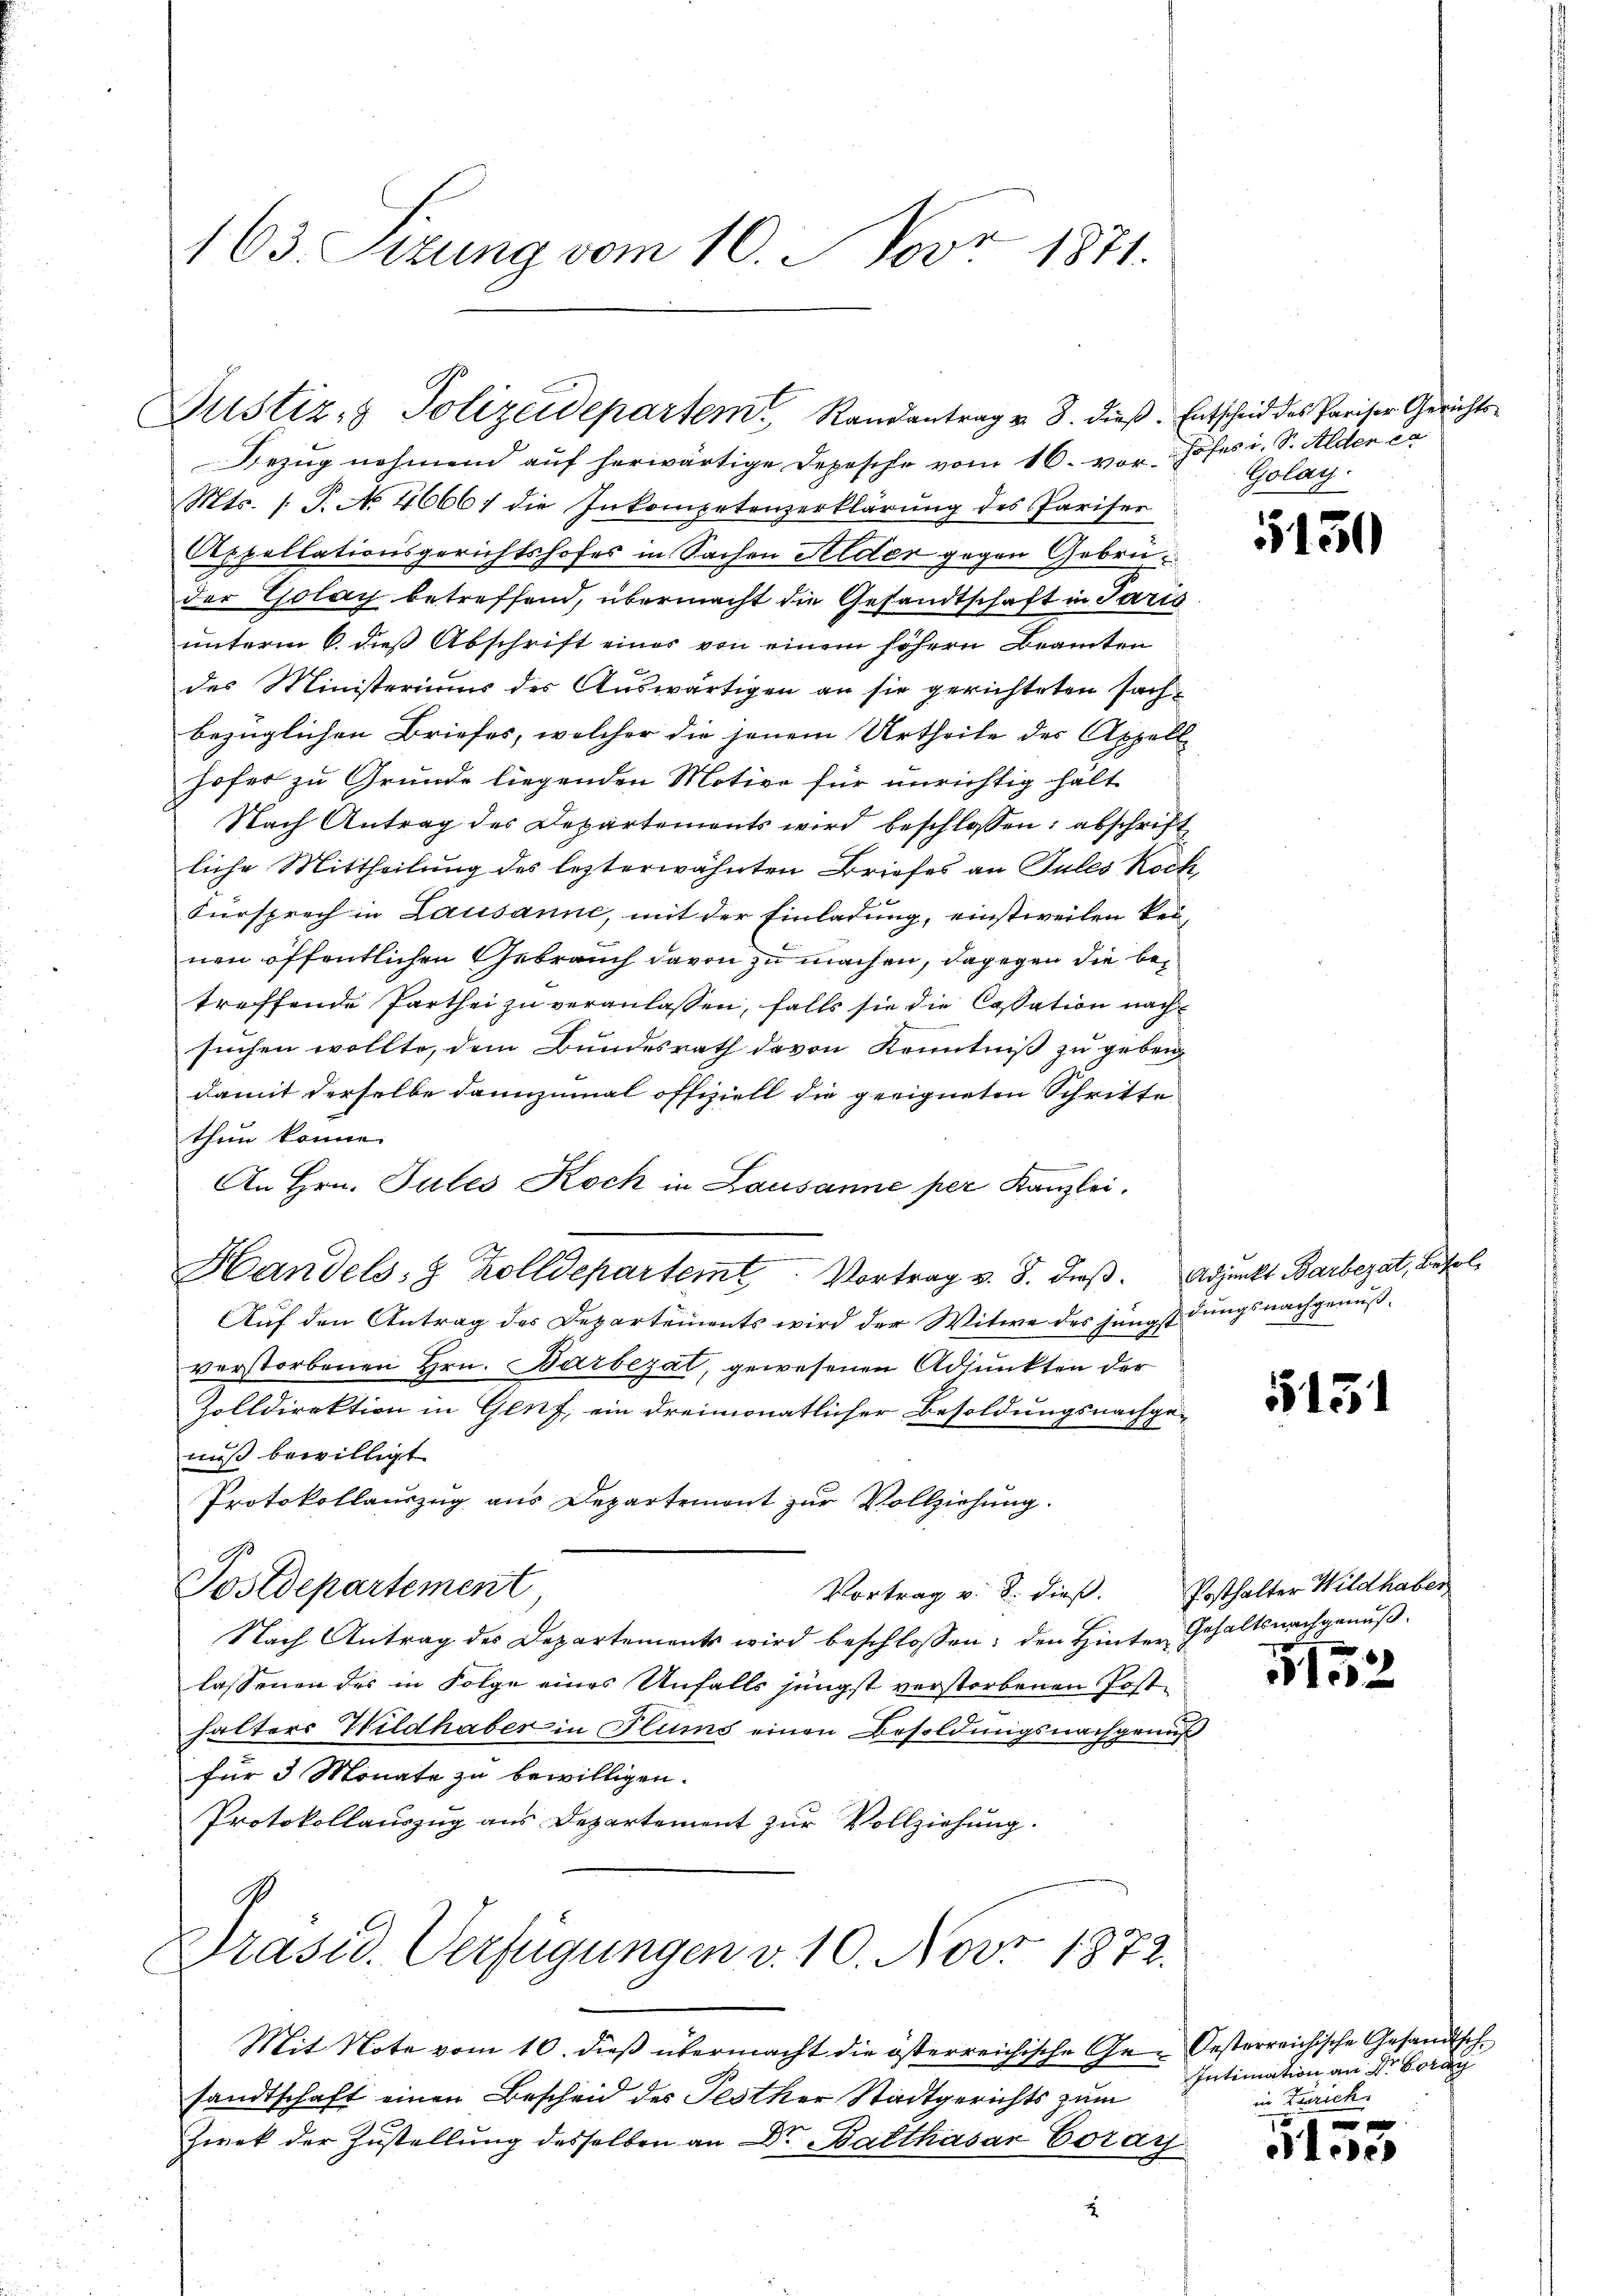
163. Sizung vom 10. Nov. 1871.

Justiz- & Polizeidepartem Randantrag u. 8. dieβ. Entscheid des Pariser Gericht

Bezug nehmend auf herwärtige Depesche vom 16. vor. Hofes i. S. Alder da
Mts. (T. No 46661 die Inkompetenzerklärung des Pariser
Appellationsgerichtshofes in Sachen Alder gegen Gebrüder Golay betreffend, übermacht die Gesandtschaft in Paris
unterm 6. dieß Abschrift einer von einem höhern Beamten
des Ministeriums des Auswärtigen an sie gerichteten sachbezüglichen Briefes, welcher die jenem Urtheile des Appell
hofer zu Grunde liegenden Motive für unrichtig halt
Nach Antrag des Departements wird beschlossen: abschrift
liche Mittheilung des lezterwähnten Briefes an Tules Rock,
Fürsprech in Lausanne, mit der Einladung, einstweilen kei-
nen öffentlichen Gebrauch davon zu machen, dagegen die betreffende Parthei zu veranlassen, falls sie die Cassation nach
suchen wollte, dem Bundesrath davon Kenntniß zu geben
damit derselbe dannzumal offiziell die geeigneten Schritte
thun könne.
An Hrn. Tutes Koch in Lausanne per Kanzlei,
Auf den Antrag des Departements wird der Witwe des jüngst dungsnachgenußverstorbenen Hrn. Barbezat, gewesenen Adjunkten der
Zolldirektion in Genf, ein dreimonatlicher Besoldungsnachge-
nuß bewilligt.
Protokollauszug aus Departemont zur Vollziehung.
Postdepartement
Vortrag v. 8. dieß. Posthalter Wildhaber
Nach Antrag des Departements wird beschlossen: den Hinter Gehaltsnachgenŭβ
lassenen des in Folge eines Unfalls jüngst verstorbenen Posthalters Wildhaber in Plums einen Besoldungsnachgenuß
für 3 Monate zu bewilligen.
Protokollauszug aus Departement zur Vollziehung.
e
Präsid. Verfügungen v. 10. Nov. 1872.
Mit Note vom 10. dieß übermacht die österreichische Ge- Oesterreichische Gesandtschsandtschaft einen Bescheid des Festher Stadtgerichts zum
Zwek der Zustellung desselben an Dr Balthasar Corai
2

Handels- & Zolldepartem Vortrag v. 8. dieβ. Adjunkt Barbezat, Besol¬

Golay.

5150

5131

1152

Intimation an Dr. Boray
in Zürich

50 x
lede

.